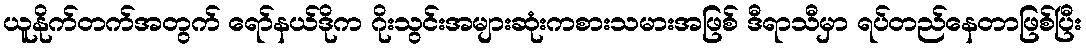
ယူနိုက်တက်အတွက် ရော်နယ်ဒိုက ဂိုးသွင်းအများဆုံးကစားသမားအဖြစ် ဒီရာသီမှာ ရပ်တည်နေတာဖြစ်ပြီး